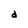
Character: d